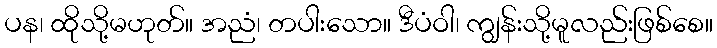
ပန၊ ထိုသို့မဟုတ်။ အညံ၊ တပါးသော။ ဒီပံဝါ၊ ကျွန်းသို့မူလည်းဖြစ်စေ။